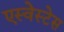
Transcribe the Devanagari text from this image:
एस्वेस्टेस